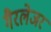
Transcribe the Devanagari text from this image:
गैरलेजर